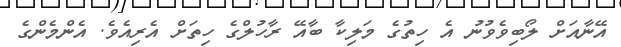
އޭނާއަށް ލޯބިވެވުނު އެ ހިތުގެ މަލިކާ ބާއޭ ރާހުލްގެ ހިތަށް އެރިއެވެ. އެންމެންގެ